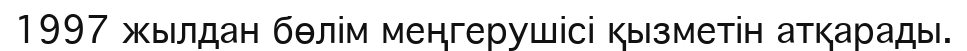
1997 жылдан бөлім меңгерушісі қызметін атқарады.